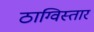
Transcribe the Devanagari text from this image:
ठाग्विस्तार